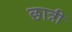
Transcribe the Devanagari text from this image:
छात्री